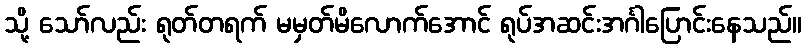
သို့ သော်လည်း ရုတ်တရက် မမှတ်မိလောက်အောင် ရုပ်အဆင်းအင်္ဂါပြောင်းနေသည်။